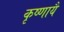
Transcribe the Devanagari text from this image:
कृष्णायै